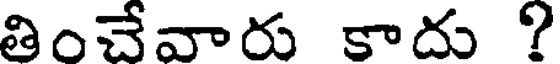
తించేవారు కాదు ?